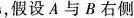
壁的碰撞为弹性碰撞，最大静摩擦力等于滑动摩擦力，